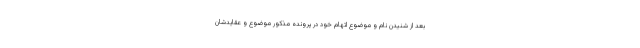
بعد از شنیدن نام و موضوع اتهام خود در پرونده مذکور موضوع و عقایدشان